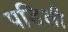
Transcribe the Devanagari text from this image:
पडिली